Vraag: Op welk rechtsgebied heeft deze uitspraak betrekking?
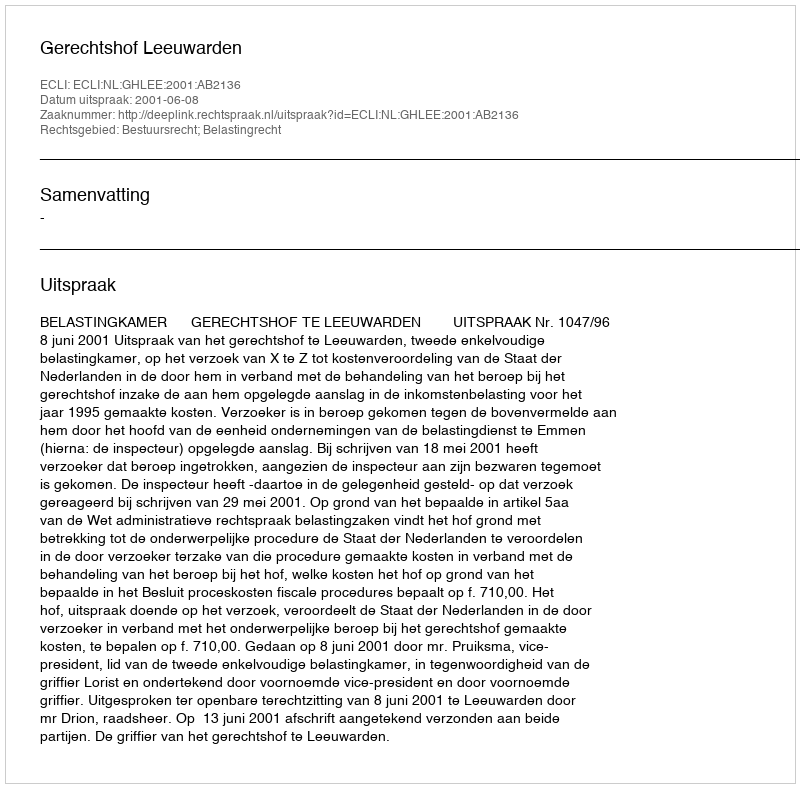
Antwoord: Bestuursrecht; Belastingrecht